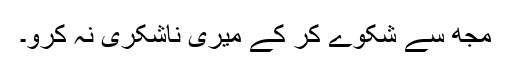
مجھ سے شکوے کر کے میری ناشکری نہ کرو۔